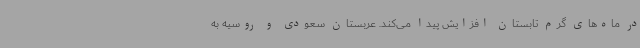
در ماه‌های گرم تابستان افزایش پیدا می‌کند. عربستان سعودی و روسیه به